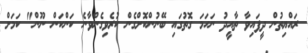
ރައްޔިތުން ދީފައިވާ ތާއީދު ނަހަމަ ގޮތުގައި ބޭނުންކޮށްގެން ކުރެވިގެންވާނެ ކަންކަން ނޫން" ކަމަށް